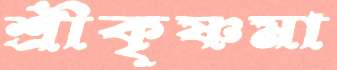
শ্রীকৃষ্ণমা